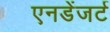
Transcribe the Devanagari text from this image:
एनडेंजर्ट